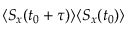
\langle S _ { x } ( t _ { 0 } + \tau ) \rangle \langle S _ { x } ( t _ { 0 } ) \rangle